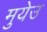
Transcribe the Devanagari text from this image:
मुयेउ